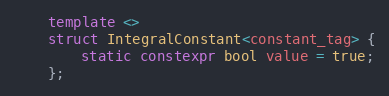
Language: C++
    template <>
    struct IntegralConstant<constant_tag> {
        static constexpr bool value = true;
    };